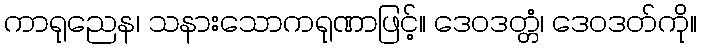
ကာရုညေန၊ သနားသောကရုဏာဖြင့်။ ဒေဝဒတ္တံ၊ ဒေဝဒတ်ကို။